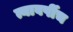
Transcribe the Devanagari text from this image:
त्यावर्षीच